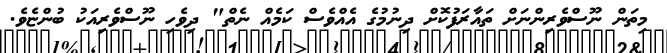
މިތަން ނޫސްވެރިންނަށް ތައާރަފުކޮށް ދިނުމުގެ އެއްވެސް ކަމެއް ނެތް" ދިވެހި ނޫސްވެރިއަކު ބުންޏެވެ.